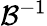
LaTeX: \mathcal{B}^{-1}